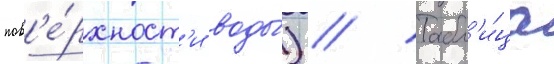
пов'е́рхност'и воды́) // Табл'и́ца